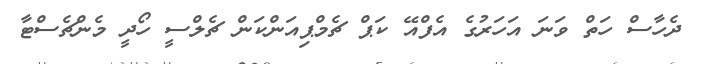
ދެހާސް ހަތް ވަނަ އަހަރުގެ އެފްއޭ ކަޕް ޗެމްޕިއަންކަން ޗެލްސީ ހޯދީ މެންޗެސްޓާ